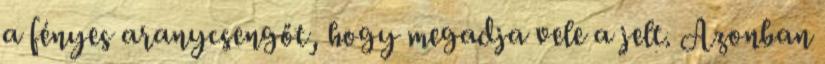
a fényes aranycsengőt, hogy megadja vele a jelt. Azonban